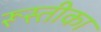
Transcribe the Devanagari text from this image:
रूस्तीका